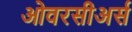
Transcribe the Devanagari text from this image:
ओवरसीअर्स